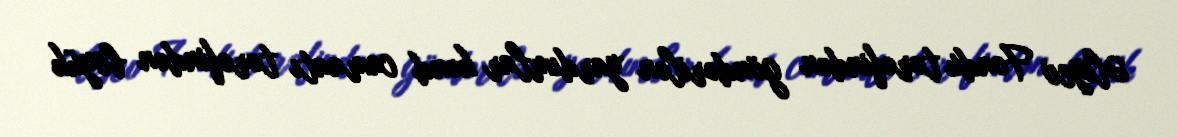
Əliyev Fondu tərəfindən göndərilən yardımlar kənd camaatı tərəfindən böyük